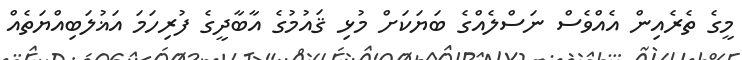
މީގެ ތެރެއިން އެއްވެސް ނަސްލެއްގެ ބަޔަކަށް މުޅި ޤައުމުގެ އާބާދީގެ ފުރިހަމަ އަޣުލަބިއްޔަތެއް